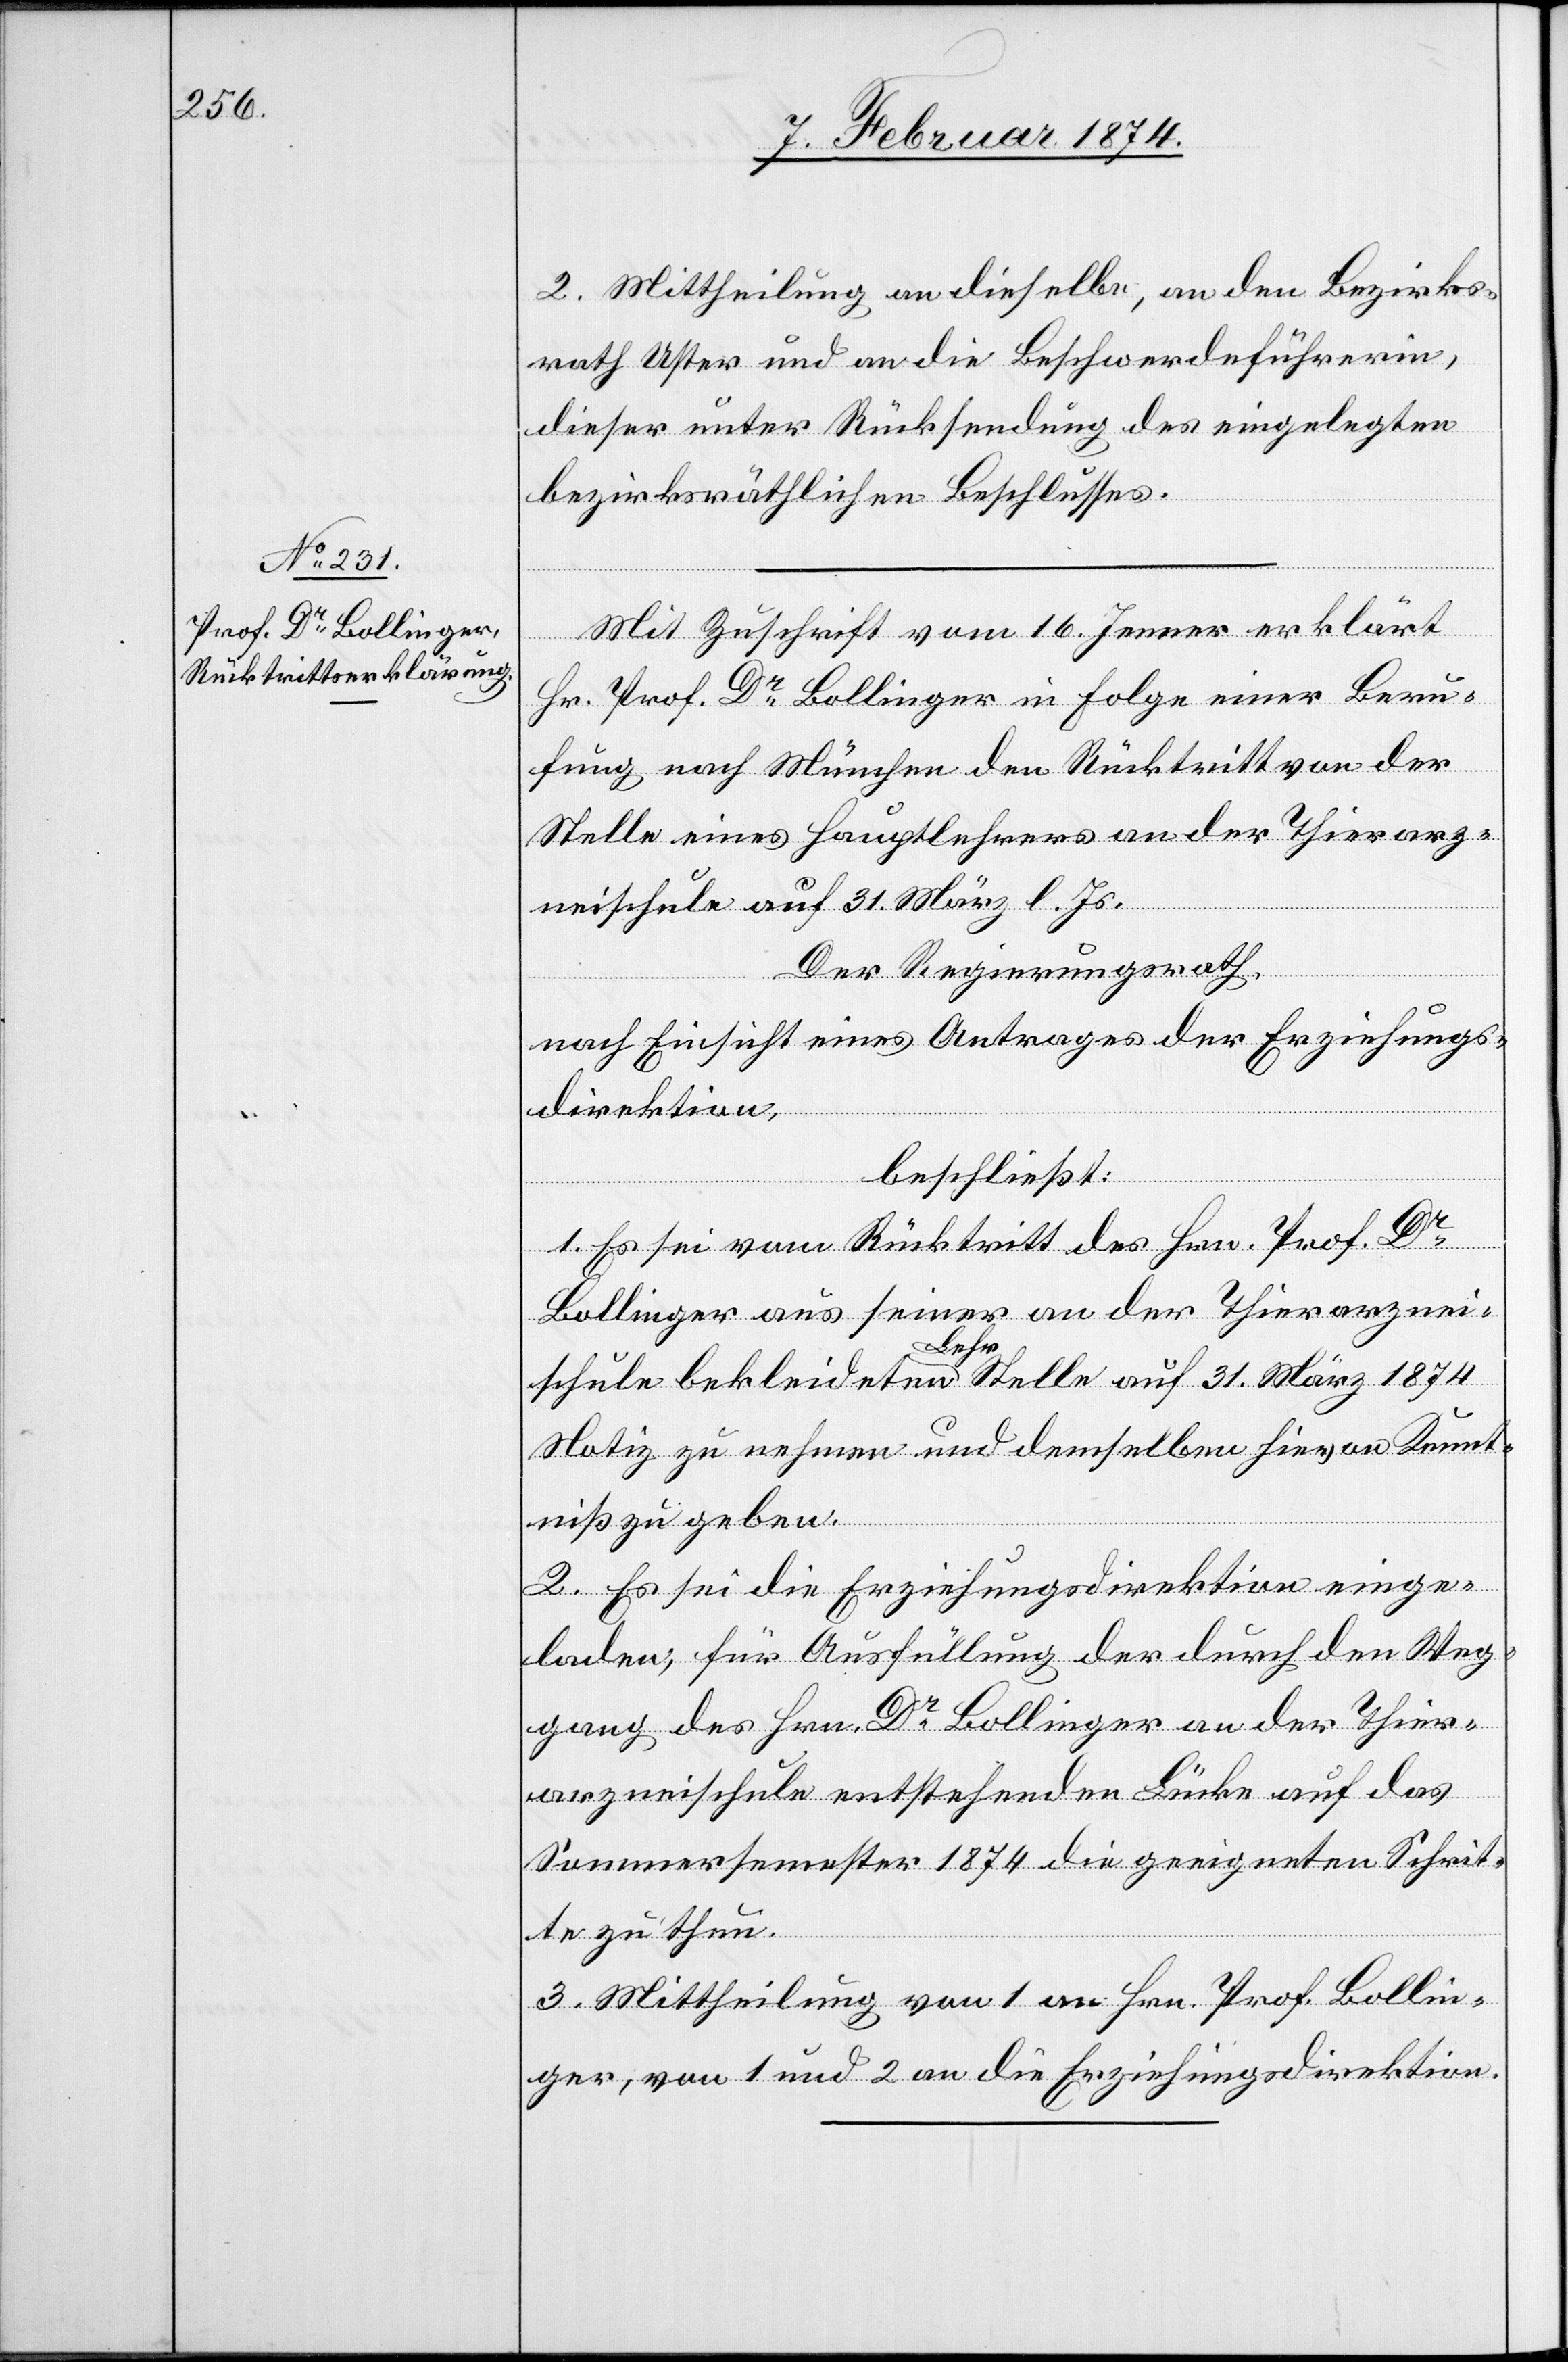
2. Mittheilung an dieselbe, an den Bezirks¬
rath Uster und an die Beschwerdeführerin,
dieser unter Rücksendung des eingelegten
bezirksräthlichen Beschlusses.
Mit Zuschrift vom 16. Jenner erklärt
Hr. Prof. Dr Bollinger in Folge einer Beru¬
fung nach München den Rücktritt von der
Stelle eines Hauptlehrers an der Thierarz¬
neischule auf 31. März l. Js.
Der Regierungsrath,
nach Einsicht eines Antrages der Erziehungs¬
direktion,
beschließt:
1. Es sei vom Rücktritt des Hrn. Prof. Dr
Bollinger aus seiner an der Thierarznei¬
schule bekleideten Lehrstelle auf 31. März 1874
Notiz zu nehmen und demselben hievon Kennt¬
niß zu geben.
2. Es sei die Erziehungsdirektion einge¬
laden, für Ausfüllung der durch den Weg¬
gang des Hrn. Dr Bollinger an der Thier¬
arzneischule entstehenden Lücke auf das
Sommersemester 1874 die geeigneten Schrit¬
te zu thun.
3. Mittheilung von 1 an Hrn. Prof. Bollin¬
ger, von 1 und 2 an die Erziehungsdirektion.